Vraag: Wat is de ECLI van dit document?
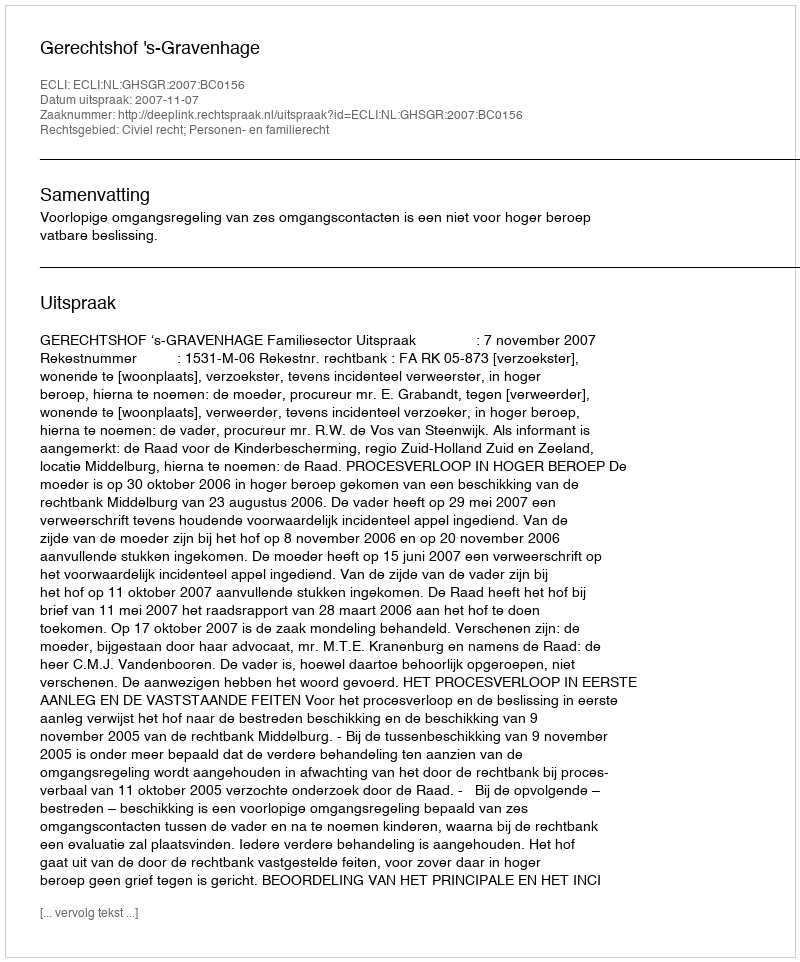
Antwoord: ECLI:NL:GHSGR:2007:BC0156